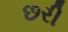
છરી